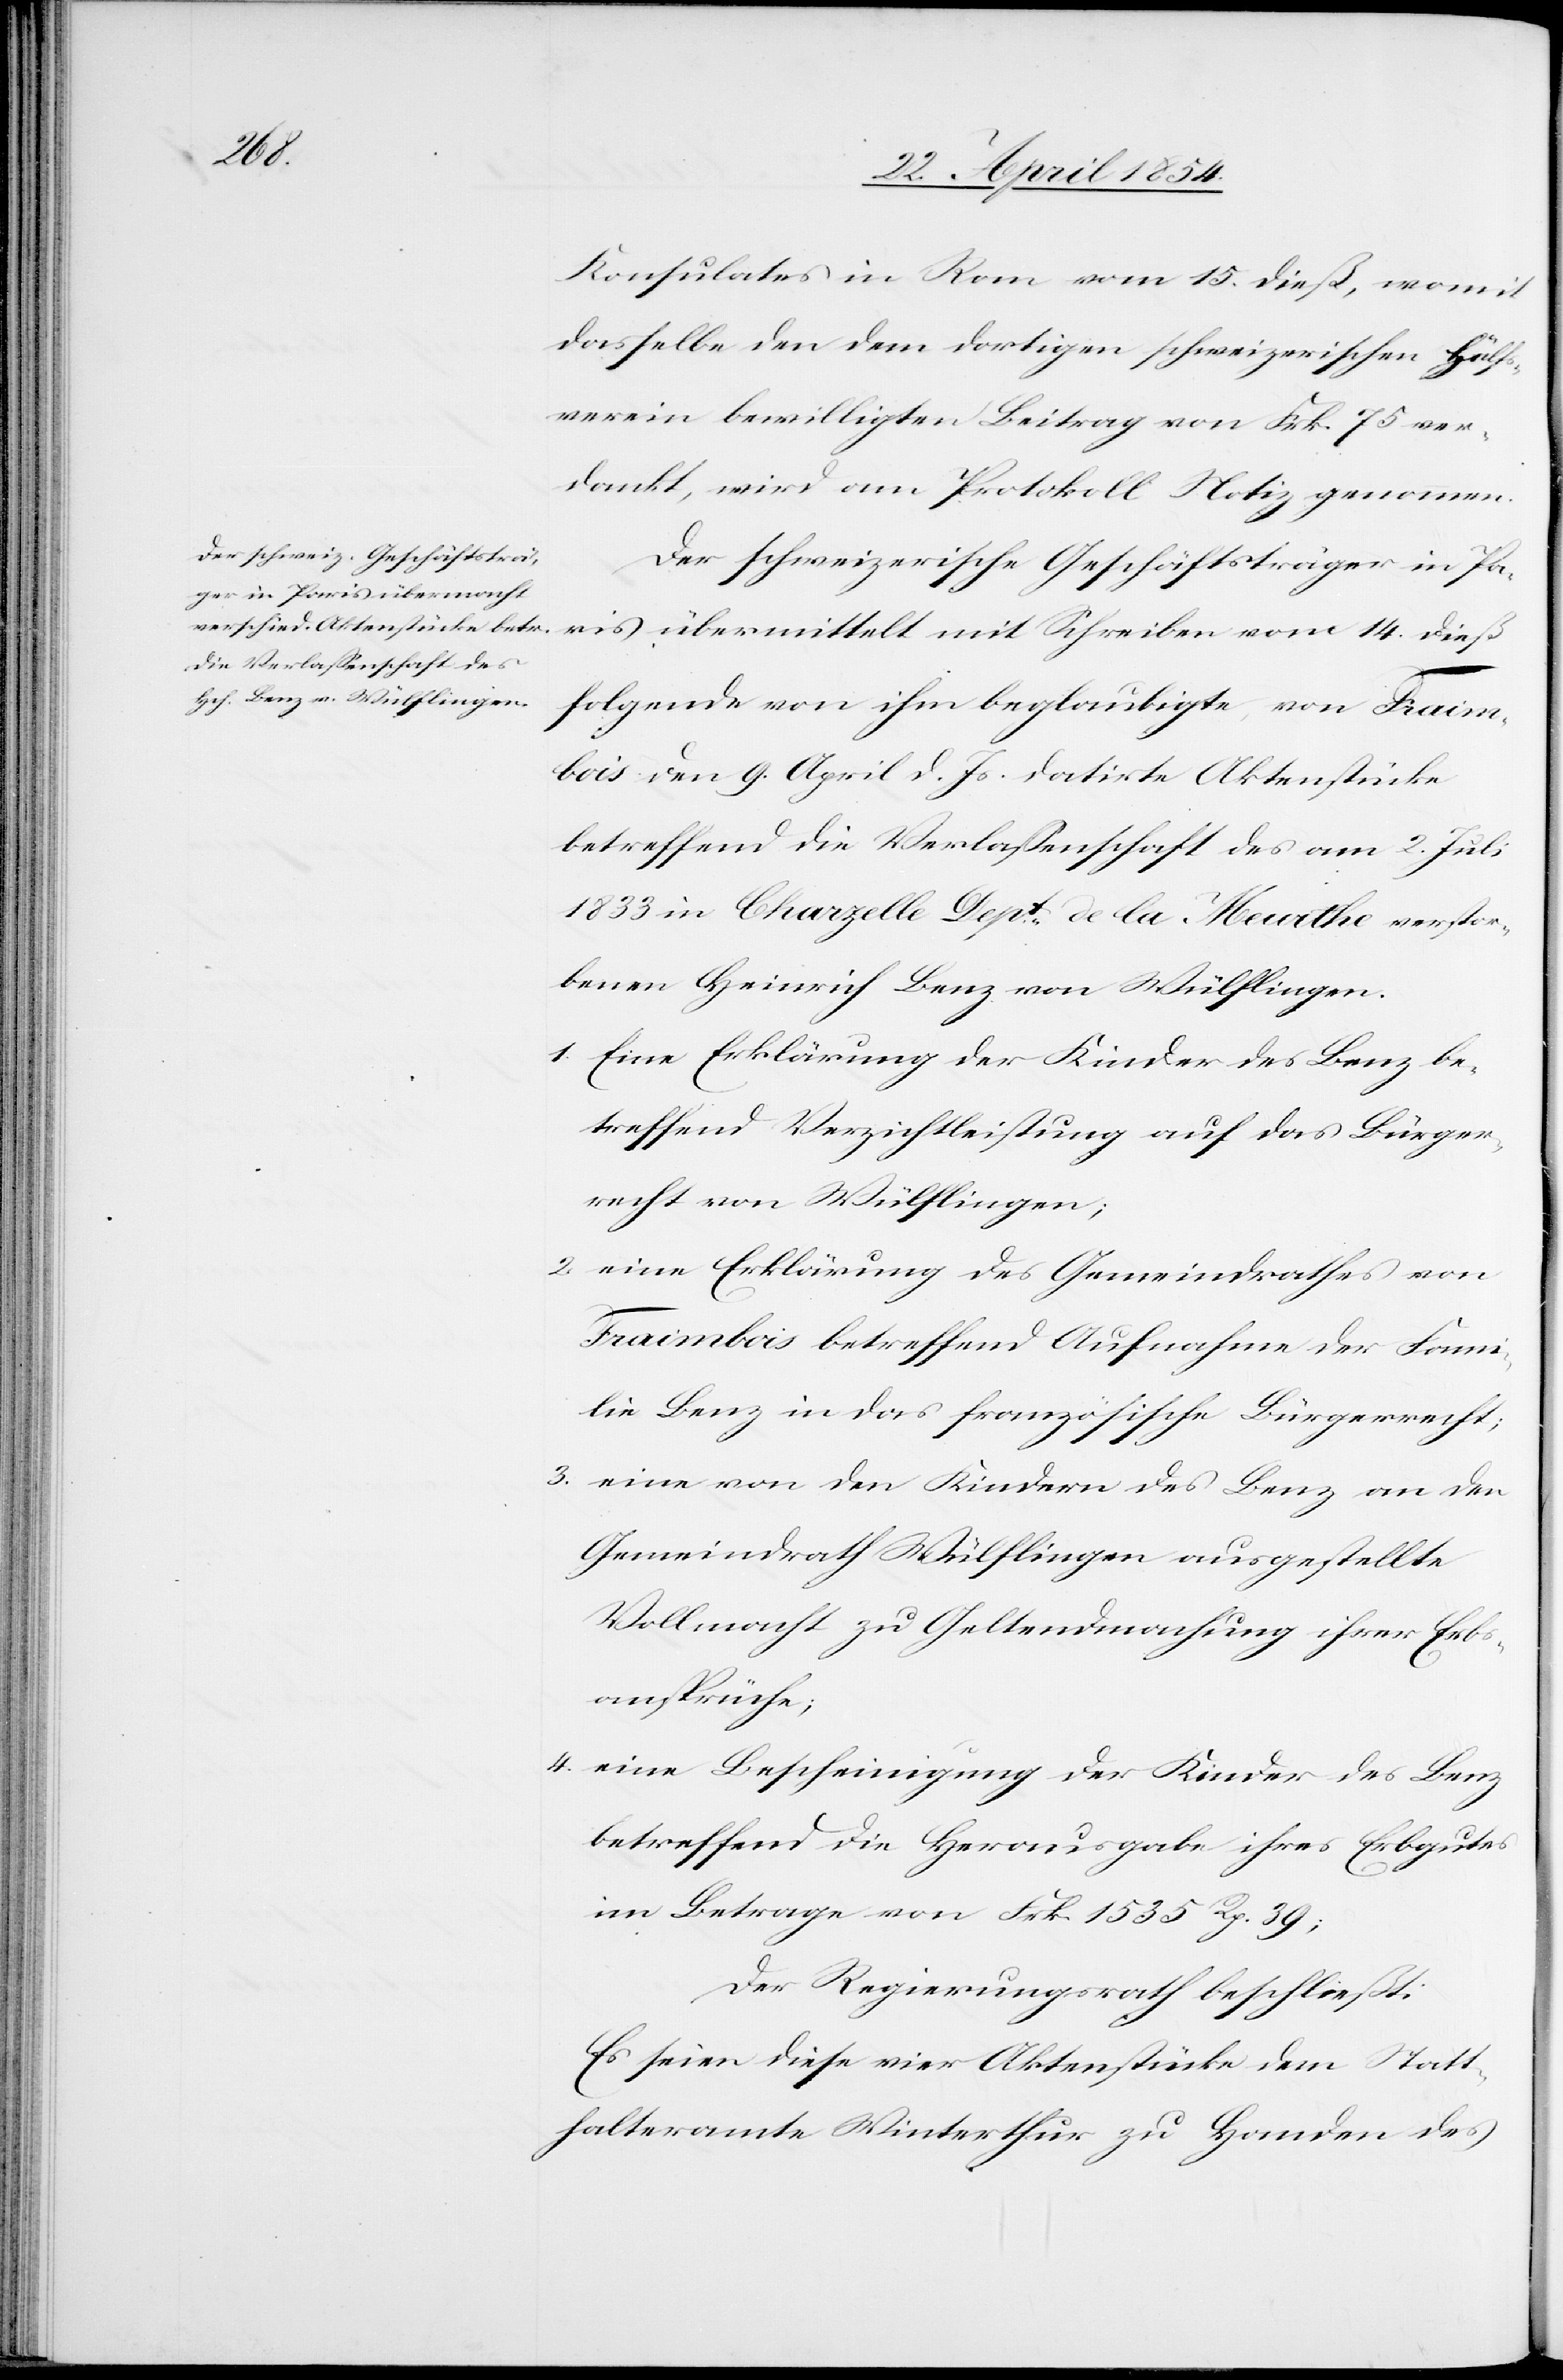
14.
Konsulates in Rom vom 15. dieß, womit
dasselbe den dem dortigen schweizerischen Hülfs¬
verein bewilligten Beitrag von Frk. 75 ver¬
dankt, wird am Protokoll Notiz genommen.
Der schweizerische Geschäftsträger in Paris
folgende von ihm beglaubigte, von Fraim¬
bois den 9. April d. Js. datirte Aktenstücke
betreffend die Verlaßenschaft des am 2. Juli
1833 in Charzelle Dept. de la Meurthe verstor¬
benen Heinrich Benz von Wülflingen.
1. Eine Erklärung der Kinder des Benz be¬
treffend Verzichtleistung auf das Bürger¬
recht von Wülflingen.
2. eine Erklärung des Gemeindrathes von
Fraimbois betreffend Aufnahme der Fami¬
lie Benz in das französische Bürgerrecht;
3. eine von den Kindern des Benz an den
Gemeindrath Wülflingen ausgestellte
Vollmacht zu Geltendmachung ihrer Erb¬
sansprüche;
4. eine Bescheinigung der Kinder des Benz
betreffend die Herausgabe ihres Erbgutes
im Betrage von Frk. 1535 Rp. 39;
Der Regierungsrath beschließt:
Es seien diese vier Aktenstücke dem Statt¬
halteramte Winterthur zu Handen des